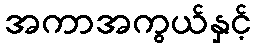
အကာအကွယ်နှင့်